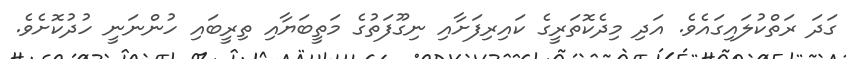
ގަދަ ރަތްކުލައިގައެވެ. އަދި މިދެކޮތަރީގެ ކައިރިފަށާއި ނިގޫފަތުގެ މަތީބަޔާއި ތިރީބައި ހުންނަނީ ހުދުކޮށެވެ.